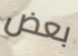
بعض